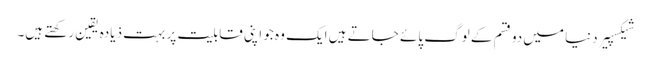
شیکسپیر دنیا میں دو قسم کے لوگ پائے جاتے ہیں ایک وہ جو اپنی قابلیت پر بہت ذیادہ یقین رکھتے ہیں۔